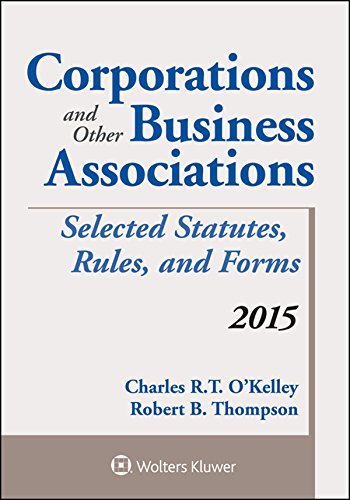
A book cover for Corporations and Other Business Associations Selected Statutes, Rules, and Forms: 2015 Supplement; Charles R. T. O'Kelley; Law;